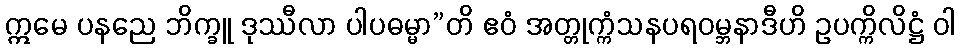
ဣမေ ပနညေ ဘိက္ခူ ဒုဿီလာ ပါပဓမ္မာ”တိ ဧဝံ အတ္တုက္ကံသနပရဝမ္ဘနာဒီဟိ ဥပက္ကိလိဋ္ဌံ ဝါ